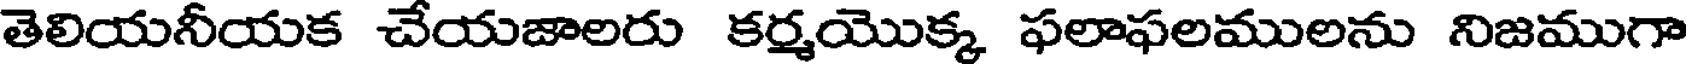
తెలియనీయక చేయజాలరు కర్మయొక్క ఫలాఫలములను నిజముగా